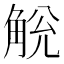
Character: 𧣥